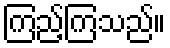
ကြည့်ကြသည်။